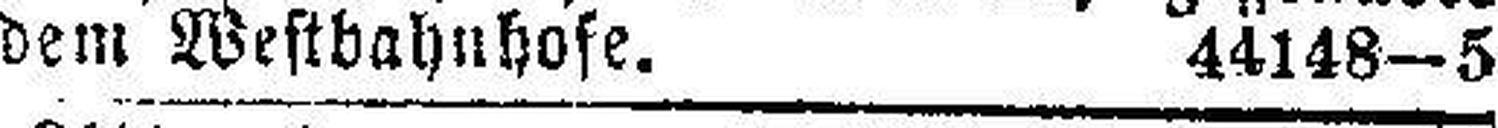
dem Westbahnhofe. 44148—5